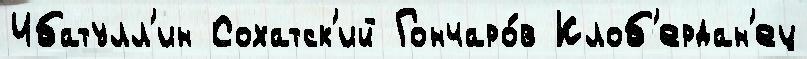
Ибатулл'ин Сохатск'ий Гончаро́в Клоб'ердан'ец